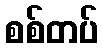
စစ်တပ်